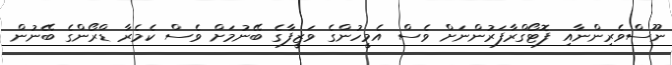
ނޫސްވެރިންނާއި ފޮޓޯގްރާފަރުންނަށް ވެސް އެމީހުންގެ ވަޒީފާގެ ބޭނުމަށް ވެސް ކެމެރާ ޑްރޯންގެ ބޭނުން